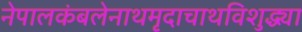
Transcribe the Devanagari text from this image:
नेपालकंबलेनाथमृदाचाथविशुद्ध्या